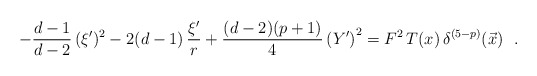
\begin{align*}- \frac{d-1}{d-2} \,( \xi ' )^2 -2(d-1)\, \frac{\xi'}{r} + \frac{(d-2)(p+1)}{4} \left( Y' \right)^2 =F^2\,T(x)\,\delta^{(5-p)}(\vec{x})~~.\end{align*}